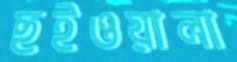
ছইওয়ালা